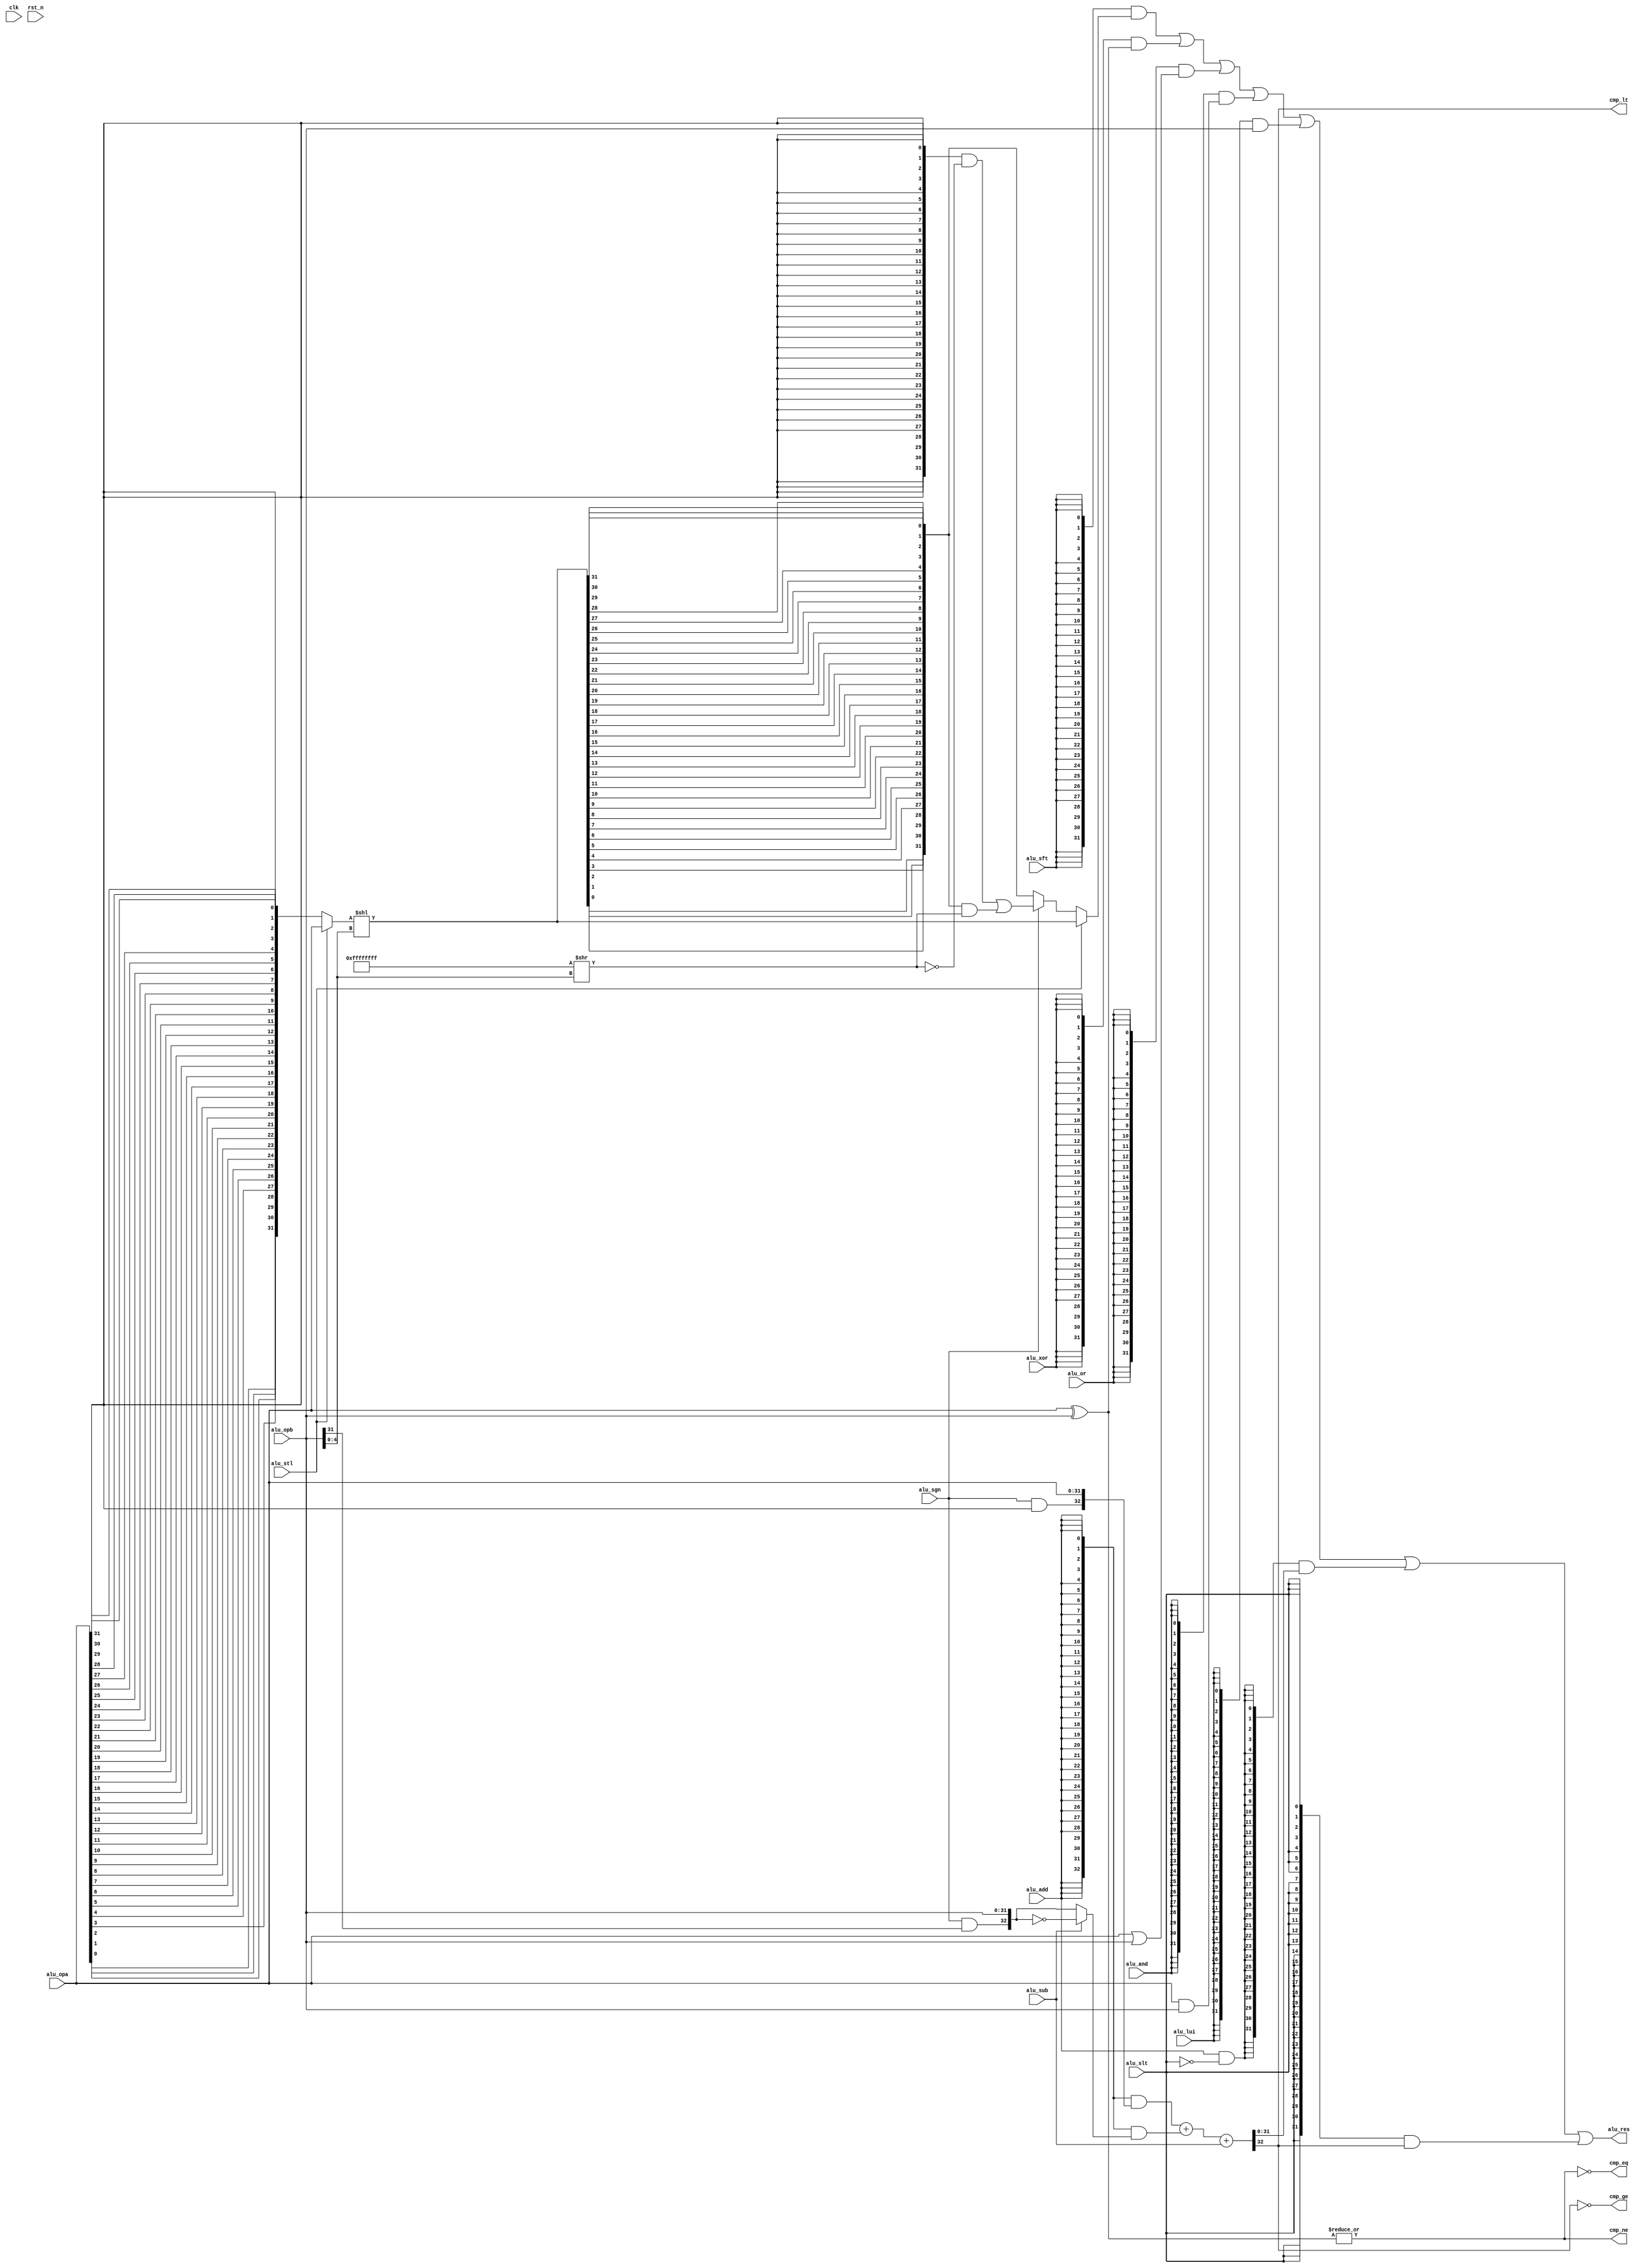
module uv_alu
#(
    parameter ALU_DW = 32,
    parameter SFT_DW = 5
)
(
    input                   clk,
    input                   rst_n,
    
    // If signed for shifter & adder
    input                   alu_sgn,
    // Shift
    input                   alu_sft,
    input                   alu_stl,
    // Arithmetic
    input                   alu_add,
    input                   alu_sub,
    input                   alu_lui,
    // Logical
    input                   alu_xor,
    input                   alu_or,
    input                   alu_and,
    // Compare
    input                   alu_slt,
    
    // ALU oprands
    input  [ALU_DW-1:0]     alu_opa,
    input  [ALU_DW-1:0]     alu_opb,
    output [ALU_DW-1:0]     alu_res,
    
    // CMP results
    output                  cmp_eq,
    output                  cmp_ne,
    output                  cmp_lt,
    output                  cmp_ge
);

    localparam UDLY         = 1;
    genvar i;
    
    // Shift-related wires
    wire [ALU_DW-1:0]       sft_opa;
    wire [ALU_DW-1:0]       sft_opb;
    wire [ALU_DW-1:0]       rev_opa;
    wire [ALU_DW-1:0]       sra_lbs;
    wire [ALU_DW-1:0]       sra_hbs;
    wire [ALU_DW-1:0]       sra_sgn;
    wire [ALU_DW-1:0]       sra_val;
    wire [ALU_DW-1:0]       sft_res;
    wire [ALU_DW-1:0]       sll_res;
    wire [ALU_DW-1:0]       srl_res;
    wire [ALU_DW-1:0]       sra_res;
    
    // Arithmetic-related wires
    wire                    add_sga;
    wire                    add_sgb;
    wire [ALU_DW:0]         add_exa;
    wire [ALU_DW:0]         add_exb;
    wire [ALU_DW:0]         add_opa;
    wire [ALU_DW:0]         add_opb;
    wire                    add_cin;
    wire [ALU_DW:0]         add_res;
    
    // Logic-related wires
    wire [ALU_DW-1:0]       xor_res;
    wire [ALU_DW-1:0]       or_res;
    wire [ALU_DW-1:0]       and_res;
    
    // Oprators
    assign sll_res = sft_opa << sft_opb;
    assign add_res = add_opa + add_opb + add_cin;
    assign xor_res = alu_opa ^ alu_opb;
    assign or_res  = alu_opa | alu_opb;
    assign and_res = alu_opa & alu_opb;
    
    // Get shift operands.
    generate
        for (i = 0; i < ALU_DW; i = i + 1) begin: gen_rev_opa
            assign rev_opa[i] = alu_opa[ALU_DW-i-1];
        end
    endgenerate
    
    //assign sft_opa = {ALU_DW{alu_sft}} & (alu_stl ? alu_opa : rev_opa);
    //assign sft_opb = {{(ALU_DW-SFT_DW){1'b0}}, {SFT_DW{alu_sft}} & alu_opb[SFT_DW-1:0]};
    assign sft_opa = alu_stl ? alu_opa : rev_opa;
    assign sft_opb = {{(ALU_DW-SFT_DW){1'b0}}, alu_opb[SFT_DW-1:0]};
    
    // Get shift results.
    generate
        for (i = 0; i < ALU_DW; i = i + 1) begin: gen_srl_res
            assign srl_res[i] = sll_res[ALU_DW-i-1];
        end
    endgenerate
    
    assign sra_lbs = {ALU_DW{1'b1}} >> alu_opb[SFT_DW-1:0];
    assign sra_hbs = ~sra_lbs;
    assign sra_sgn = {ALU_DW{alu_opa[ALU_DW-1]}} & sra_hbs;
    assign sra_val = srl_res & sra_lbs;
    assign sra_res = sra_sgn | sra_val;
    assign sft_res = alu_stl ? sll_res : (alu_sgn ? sra_res : srl_res);
    
    // Get add operands.
    assign add_sga = alu_sgn & alu_opa[ALU_DW-1];
    assign add_sgb = alu_sgn & alu_opb[ALU_DW-1];
    assign add_exa = {add_sga, alu_opa};
    assign add_exb = {add_sgb, alu_opb};
    assign add_opa = {(ALU_DW+1){alu_add}} & add_exa;
    assign add_opb = {(ALU_DW+1){alu_add}} & (alu_sub ? (~add_exb) : add_exb);
    assign add_cin = alu_sub;
    
    // Get ALU results.
    assign alu_res = ({ALU_DW{alu_sft}} & sft_res)
                   | ({ALU_DW{alu_xor}} & xor_res)
                   | ({ALU_DW{alu_or }} & or_res )
                   | ({ALU_DW{alu_and}} & and_res)
                   | ({ALU_DW{alu_lui}} & alu_opb)
                   | ({ALU_DW{alu_add & (~alu_slt)}} & add_res[ALU_DW-1:0])
                   | ({ALU_DW{alu_slt}} & {{(ALU_DW-1){1'b0}}, add_res[ALU_DW]});
    
    // Get cmp results.
    assign cmp_ne  = |xor_res;
    assign cmp_eq  = ~cmp_ne;
    assign cmp_lt  = add_res[ALU_DW];
    assign cmp_ge  = ~add_res[ALU_DW];
    
endmodule